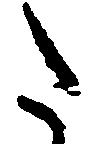
た